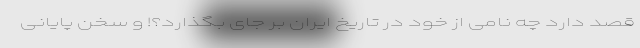
قصد دارد چه نامی از خود در تاریخ ایران بر جای بگذارد؟! و سخن پایانی